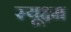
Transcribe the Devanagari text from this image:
स्यूक्ष्म